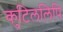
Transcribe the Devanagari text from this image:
कुटिललिपि